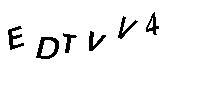
EDTVV4